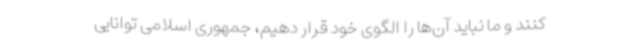
کنند و ما نباید آن‌ها را الگوی خود قرار دهیم، جمهوری اسلامی توانایی